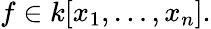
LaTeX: f\in k[x_{1},\ldots,x_{n}].